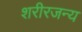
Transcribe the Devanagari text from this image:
शरीरजन्य